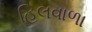
હિલવાળા